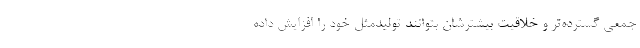
جمعی گسترده‌تر و خلاقیت بیشترشان بتوانند تولیدمثل خود را افزایش داده